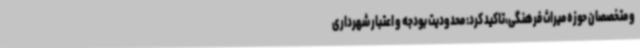
و متخصصان حوزه میراث فرهنگی،تاکید کرد: محدودیت بودجه و اعتبار شهرداری